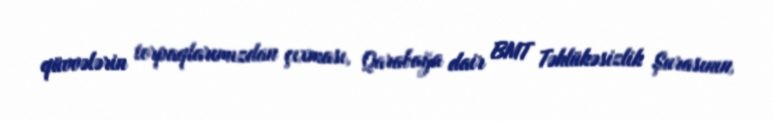
qüvvələrin torpaqlarımızdan çıxması, Qarabağa dair BMT Təhlükəsizlik Şurasının,